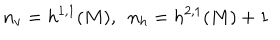
n _ { v } = h ^ { 1 , 1 } ( M ) , ~ ~ n _ { h } = h ^ { 2 , 1 } ( M ) + 1